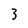
Character: 3